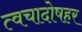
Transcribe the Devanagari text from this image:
त्वचादोषहर